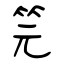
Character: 笎